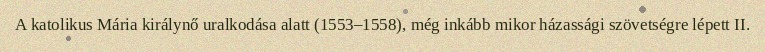
A katolikus Mária királynő uralkodása alatt (1553–1558), még inkább mikor házassági szövetségre lépett II.